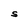
Character: S